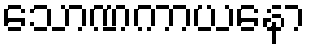
သောဏကာယနော